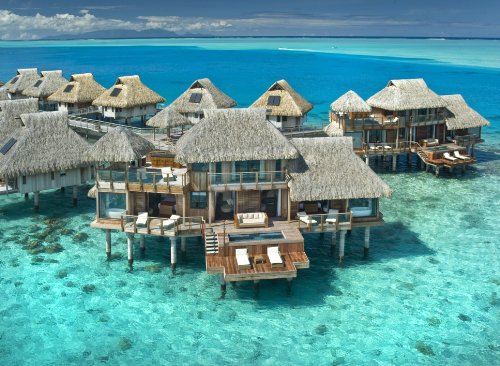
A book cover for Australia, New Zealand and Tahiti DIY (Travel on your own Book 1); Maritza Marrero; Travel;